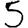
Digit: 5